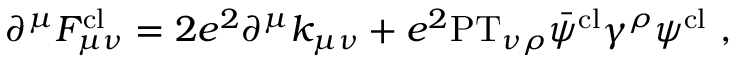
\partial ^ { \mu } F _ { \mu \nu } ^ { \mathrm { c l } } = 2 e ^ { 2 } \partial ^ { \mu } k _ { \mu \nu } + e ^ { 2 } \mathrm { P T } _ { \nu \rho } \bar { \psi } ^ { \mathrm { c l } } \gamma ^ { \rho } \psi ^ { \mathrm { c l } } \ ,